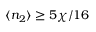
\langle n _ { 2 } \rangle \geq 5 \chi / 1 6